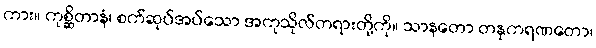
ကား။ ကုစ္ဆိတာနံ၊ စက်ဆုပ်အပ်သော အကုသိုလ်တရားတို့ကို။ သာနတော တနုကရဏတော၊